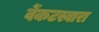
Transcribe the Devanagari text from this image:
वेंकटस्वारा